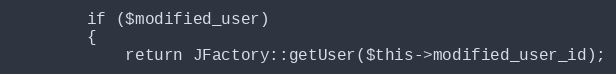
Language: PHP
		if ($modified_user)
		{
			return JFactory::getUser($this->modified_user_id);